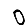
Digit: 0